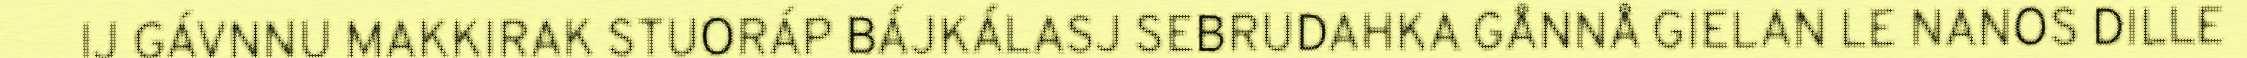
IJ GÁVNNU MAKKIRAK STUORÁP BÁJKÁLASJ SEBRUDAHKA GÅNNÅ GIELAN LE NANOS DILLE